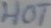
Text: HOT